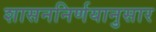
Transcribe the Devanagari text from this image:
शासननिर्णयानुसार